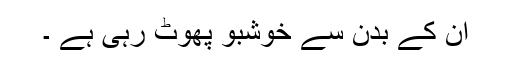
ان کے بدن سے خوشبو پھوٹ رہی ہے ۔